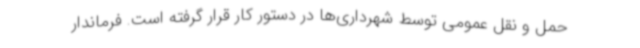
حمل و نقل عمومی توسط شهرداری‌ها در دستور کار قرار گرفته است. فرماندار